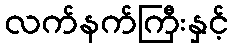
လက်နက်ကြီးနှင့်